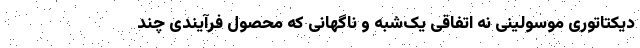
دیکتاتوری موسولینی نه اتفاقی یک‌شبه و ناگهانی که محصول فرآیندی چند